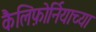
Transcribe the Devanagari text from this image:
कैलिफ़ोर्नियाच्या